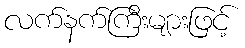
လက်နက်ကြီးများဖြင့်